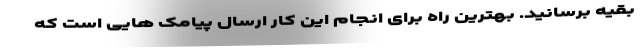
بقیه برسانید. بهترین راه برای انجام این کار ارسال پیامک هایی است که